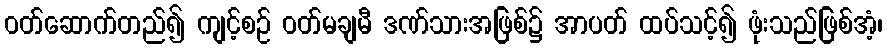
ဝတ်ဆောက်တည်၍ ကျင့်စဉ် ဝတ်မချမီ ဒဏ်သားအဖြစ်၌ အာပတ် ထပ်သင့်၍ ဖုံးသည်ဖြစ်အံ့၊